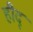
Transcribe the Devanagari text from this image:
हौद्